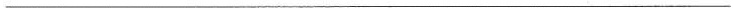
___